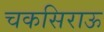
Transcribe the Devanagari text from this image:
चकसिराऊ